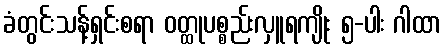
ခံတွင်းသန့်ရှင်းစရာ ဝတ္ထုပစ္စည်းလှူရကျိုး ၅-ပါး ဂါထာ